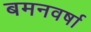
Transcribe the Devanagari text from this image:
बमनवर्षा